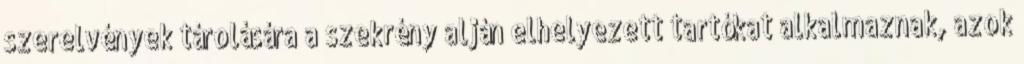
szerelvények tárolására a szekrény alján elhelyezett tartókat alkalmaznak, azok